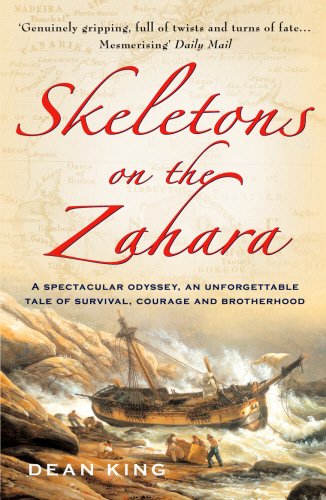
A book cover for Skeletons on the Zahara; Dean King; Travel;